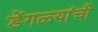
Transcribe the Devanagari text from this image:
डेंगळ्यांची